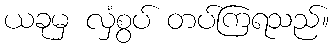
ယခုမှ လှံစွပ် တပ်ကြရသည်။